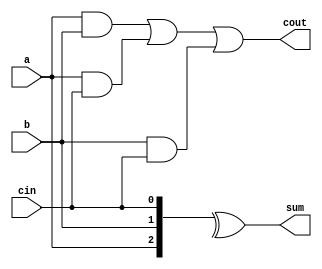
`ifndef _FULL_ADDER
`define _FULL_ADDER


module FULL_ADDER(sum, cout, a, b, cin);
	input a, b, cin;
	output sum, cout;

	assign sum = ^{a,b,cin};
	assign cout = a&b | a&cin | b&cin;
endmodule


`endif